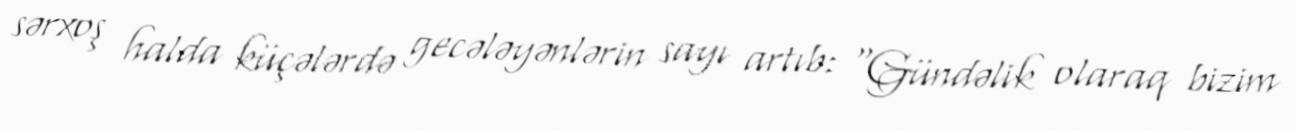
sərxoş halda küçələrdə gecələyənlərin sayı artıb: “Gündəlik olaraq bizim